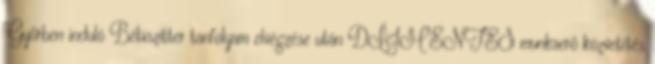
Győrben induló Bébiszitter tanfolyam elvégzése után DÍJMENTES munkaerő közvetítés